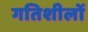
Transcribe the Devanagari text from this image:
गतिशीलों